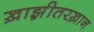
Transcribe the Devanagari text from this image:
ख़ाझ़ीतरख़ान